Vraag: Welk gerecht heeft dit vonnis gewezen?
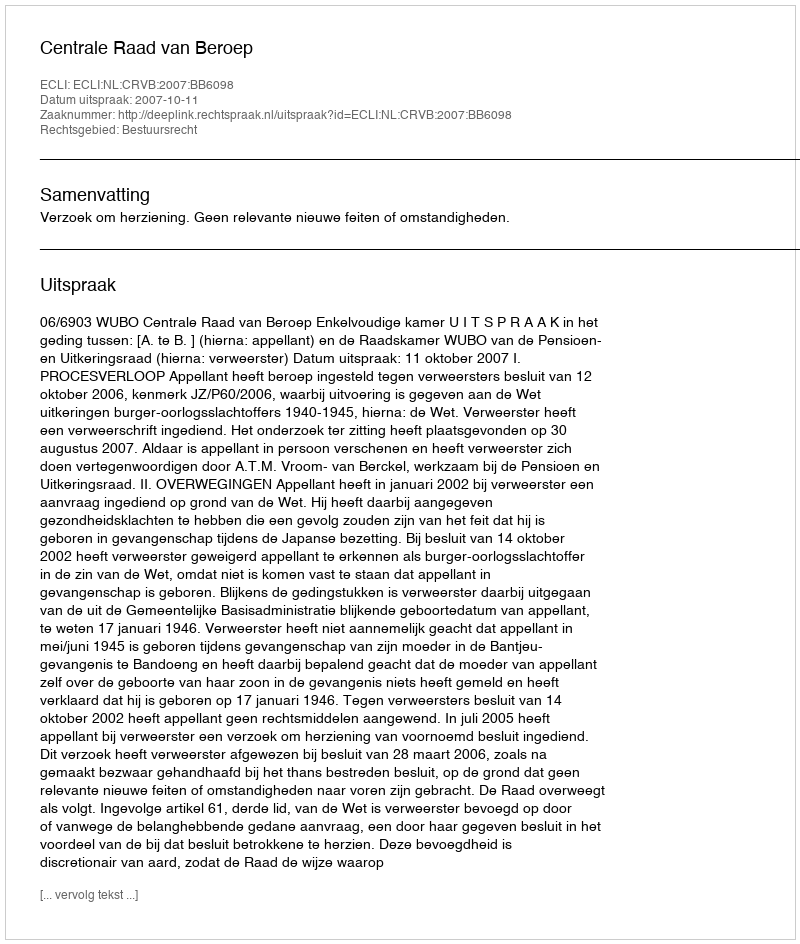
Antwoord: Centrale Raad van Beroep